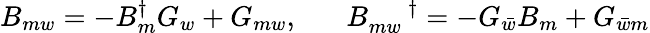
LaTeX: B_{mw}=-B_{m}^{\dagger}G_{w}+G_{mw},\; \; \; \; \; \; B_{mw}^{\; \; \; \; \; \dagger}=-G_{\bar{w}}B_{m}+G_{\bar{w}m}